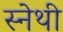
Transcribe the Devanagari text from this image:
स्नेथी